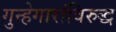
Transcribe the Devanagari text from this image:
गुन्हेगारांविरुद्ध